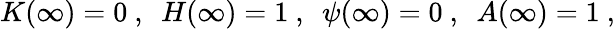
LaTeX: K(\infty)=0\ ,\ \ H(\infty)=1\ ,\ \ \psi(\infty)=0\ ,\ \ A(\infty)=1\ ,